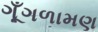
ગૂઁગળામણ